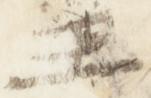
王